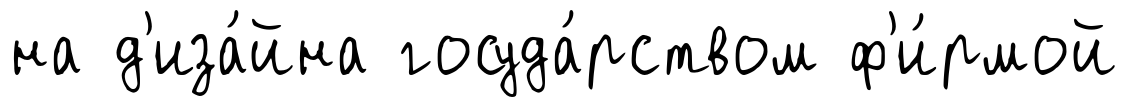
на д'иза́йна госуда́рством ф'и́рмой